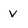
Character: v